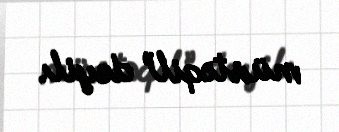
müstəqil” deyil.